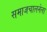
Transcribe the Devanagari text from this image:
समाजचालनेला